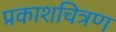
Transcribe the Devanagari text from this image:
प्रकाशचित्रण